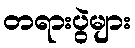
တရားပွဲများ